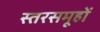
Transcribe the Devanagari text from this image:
स्तरसमूहों